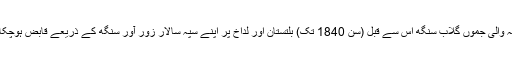
جبکہ والیِ جموں گلاب سنگھ اس سے قبل (سن 1840 تک) بلتستان اور لداخ پر اپنے سپہ سالار زور آور سنگھ کے ذریعے قابض ہوچکا تھا۔